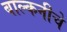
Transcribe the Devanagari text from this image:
बाल्कनीचे